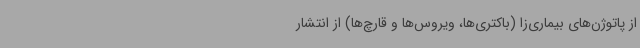
از پاتوژن‌های بیماری‌زا (باکتری‌ها، ویروس‌ها و قارچ‌ها) از انتشار